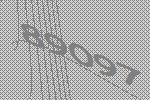
89097